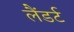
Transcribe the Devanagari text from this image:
लैंडर्ट